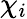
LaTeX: \chi_{i}